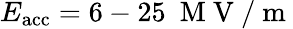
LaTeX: E_{\mathrm{acc}}=6-25\ \mathrm{~M~V~}/\mathrm{~m~}